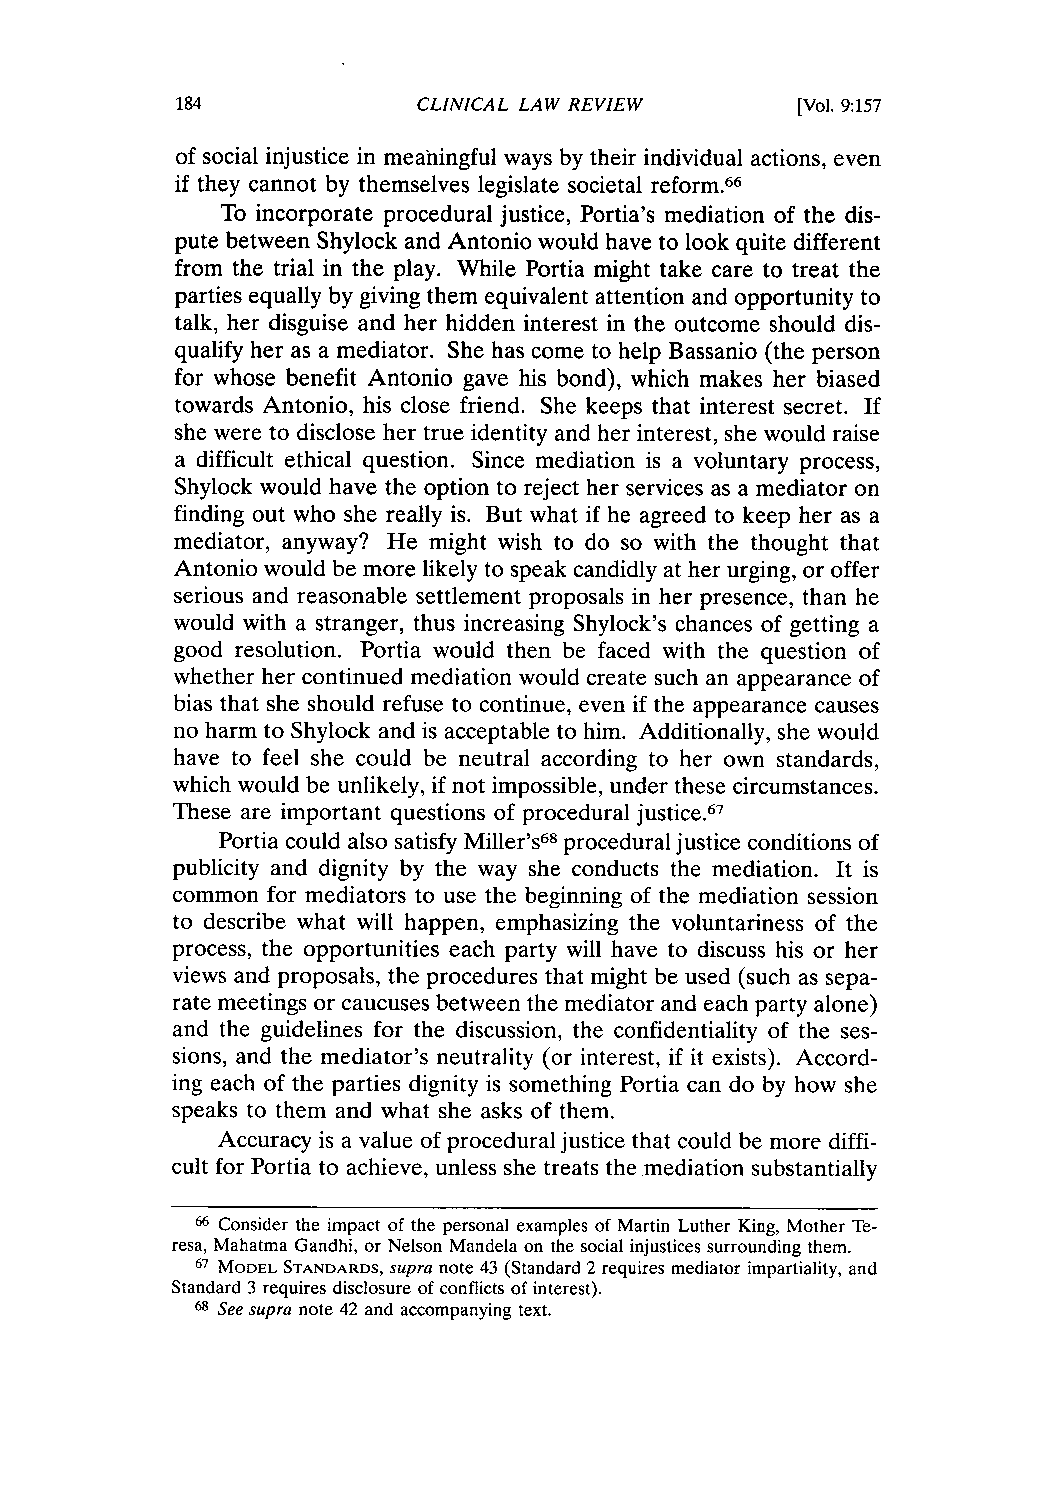
CLINICAL LAW REVIEW      [Vol. 9:157
 of social injustice in meaningful ways by their individual actions, even
 if they cannot by themselves legislate societal reform.66
 To incorporate procedural justice, Portia's mediation of the dis-
 pute between Shylock and Antonio would have to look quite different
 from the trial in the play. While Portia might take care to treat the
 parties equally by giving them equivalent attention and opportunity to
 talk, her disguise and her hidden interest in the outcome should dis-
 qualify her as a mediator. She has come to help Bassanio (the person
 for whose benefit Antonio gave his bond), which makes her biased
 towards Antonio, his close friend. She keeps that interest secret. If
 she were to disclose her true identity and her interest, she would raise
 a difficult ethical question. Since mediation is a voluntary process,
 Shylock would have the option to reject her services as a mediator on
 finding out who she really is. But what if he agreed to keep her as a
 mediator, anyway? He might wish to do so with the thought that
 Antonio would be more likely to speak candidly at her urging, or offer
 serious and reasonable settlement proposals in her presence, than he
 would with a stranger, thus increasing Shylock's chances of getting a
 good resolution. Portia would then be faced with the question of
 whether her continued mediation would create such an appearance of
 bias that she should refuse to continue, even if the appearance causes
 no harm to Shylock and is acceptable to him. Additionally, she would
 have to feel she could be neutral according to her own standards,
 which would be unlikely, if not impossible, under these circumstances.
 These are important questions of procedural justice.67
 Portia could also satisfy Miller's68 procedural justice conditions of
 publicity and dignity by the way she conducts the mediation. It is
 common for mediators to use the beginning of the mediation session
 to describe what will happen, emphasizing the voluntariness of the
 process, the opportunities each party will have to discuss his or her
 views and proposals, the procedures that might be used (such as sepa-
 rate meetings or caucuses between the mediator and each party alone)
 and the guidelines for the discussion, the confidentiality of the ses-
 sions, and the mediator's neutrality (or interest, if it exists). Accord-
 ing each of the parties dignity is something Portia can do by how she
 speaks to them and what she asks of them.
 Accuracy is a value of procedural justice that could be more diffi-
 cult for Portia to achieve, unless she treats the mediation substantially
 66 Consider the impact of the personal examples of Martin Luther King, Mother Te-
 resa, Mahatma Gandhi, or Nelson Mandela on the social injustices surrounding them.
 67 MODEL STANDARDS, supra note 43 (Standard 2 requires mediator impartiality, and
 Standard 3 requires disclosure of conflicts of interest).
 68 See supra note 42 and accompanying text.